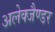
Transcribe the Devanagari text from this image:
अलेक्जैण्डर